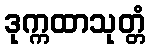
ဒုက္ကထာသုတ္တံ